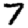
Digit: 7